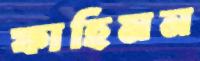
ফাহিমন